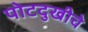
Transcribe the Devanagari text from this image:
पोटदुखीचे